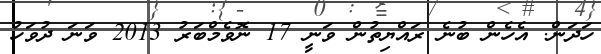
ހަދަން. އެހެން ބުނެ ރައްޔިތުން ވަނީ 17 ނޮވެމްބަރު 2013 ވަނަ ދުވަހު